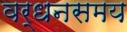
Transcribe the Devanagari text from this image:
वर्धनसमय